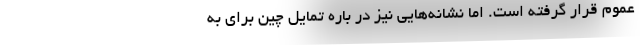
عموم قرار گرفته است. اما نشانه‌هایی نیز در باره تمایل چین برای به